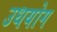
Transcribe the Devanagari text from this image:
उधयोग